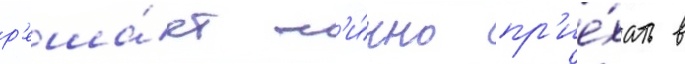
р'еша́ет л'и́чно пр'ие́хать в